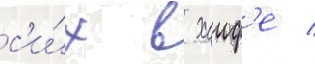
с'и́х в хаиф'е /